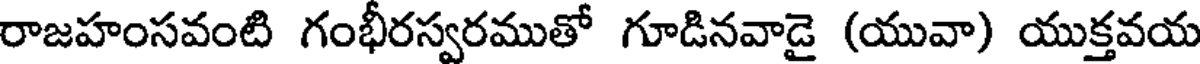
రాజహంసవంటి గంభీరస్వరముతో గూడినవాడై (యువా) యుక్తవయ